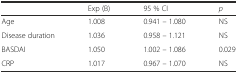
<table><thead><tr><td></td><td><b>Exp (B)</b></td><td><b>95 % CI</b></td><td><b><i>p</i></b></td></tr></thead><tbody><tr><td>Age</td><td>1.008</td><td>0.941 – 1.080</td><td>NS</td></tr><tr><td>Disease duration</td><td>1.036</td><td>0.958 – 1.121</td><td>NS</td></tr><tr><td>BASDAI</td><td>1.050</td><td>1.002 – 1.086</td><td>0.029</td></tr><tr><td>CRP</td><td>1.017</td><td>0.967 – 1.070</td><td>NS</td></tr></tbody></table>